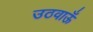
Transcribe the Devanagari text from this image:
उठवाऊँ